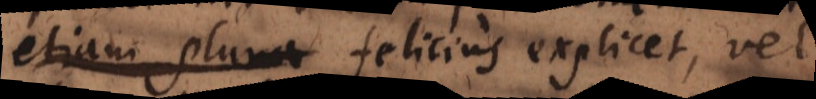
phaenomena felicius explicet, vel